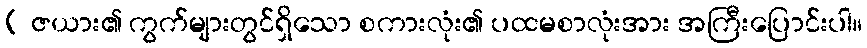
[ ဇယား၏ ကွက်များတွင်ရှိသော စကားလုံး၏ ပထမစာလုံးအား အကြီးပြောင်းပါ။